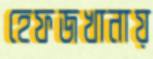
হেফজখানায়